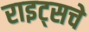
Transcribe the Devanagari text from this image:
राइट्सचे